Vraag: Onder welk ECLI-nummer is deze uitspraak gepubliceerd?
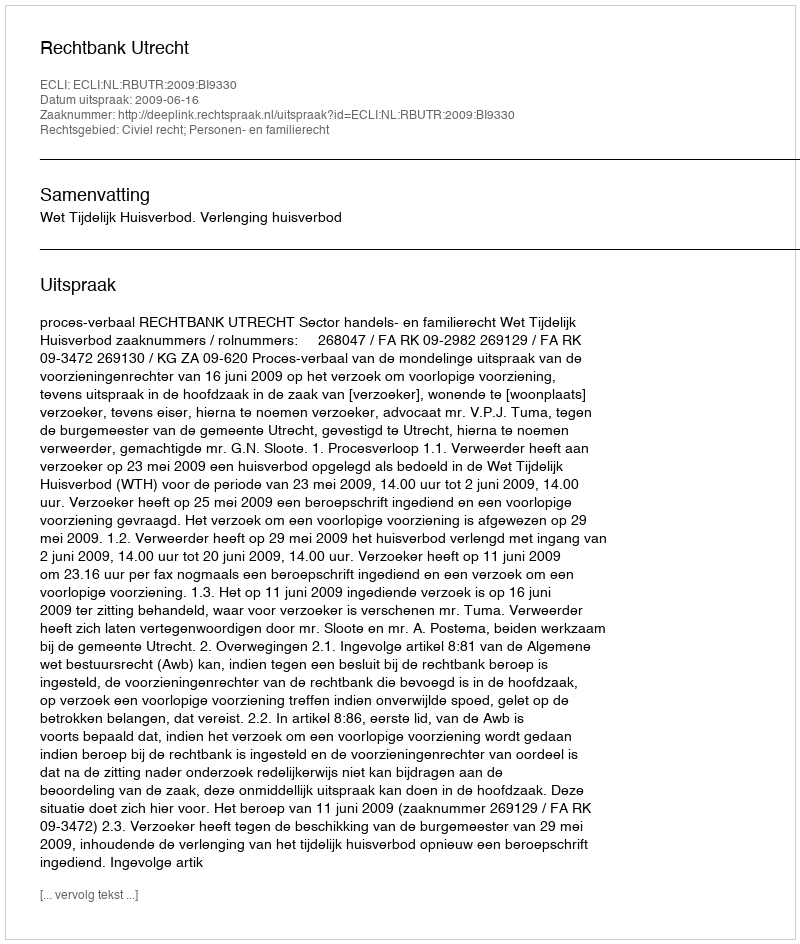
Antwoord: ECLI:NL:RBUTR:2009:BI9330